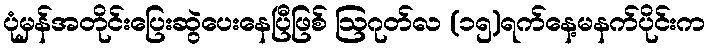
ပုံမှန်အတိုင်းပြေးဆွဲပေးနေပြီဖြစ် ဩဂုတ်လ (၁၅)ရက်နေ့မနက်ပိုင်းက